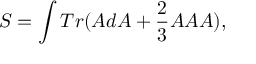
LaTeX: S = \int T r ( { \cal A } d { \cal A } + \frac { 2 } { 3 } { \cal A } { \cal A } { \cal A } ) ,